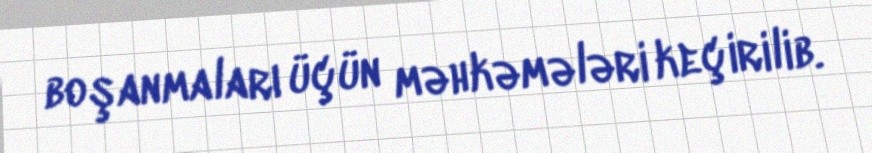
boşanmaları üçün məhkəmələri keçirilib.